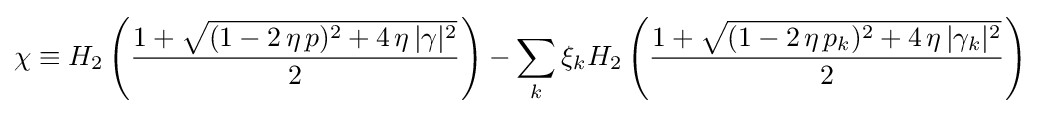
\chi \equiv H_{2}\left({\frac {1+{\sqrt {(1-2\,\eta \,p)^{2}+4\,\eta \,|\gamma |^{2}}}}{2}}\right)-\sum _{k}\xi _{k}H_{2}\left({\frac {1+{\sqrt {(1-2\,\eta \,p_{k})^{2}+4\,\eta \,|\gamma _{k}|^{2}}}}{2}}\right)\;